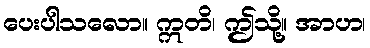
ပေးပါသလော။ ဣတိ၊ ဤသို့။ အာဟ၊